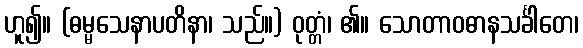
ဟူ၍။ (ဓမ္မသေနာပတိနာ၊ သည်။) ဝုတ္တံ၊ ၏။ သောတာဝဓာနသင်္ခါတေ၊